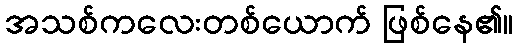
အသစ်ကလေးတစ်ယောက် ဖြစ်နေ၏။